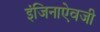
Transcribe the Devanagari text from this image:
इंजिनाऐवजी